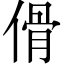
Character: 傦